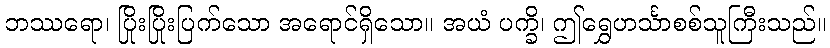
ဘဿရော၊ ပြိုးပြိုးပြက်သော အရောင်ရှိသော။ အယံ ပက္ခိ၊ ဤရွှေဟင်္သာစစ်သူကြီးသည်။